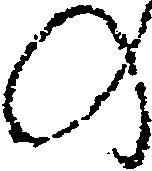
の